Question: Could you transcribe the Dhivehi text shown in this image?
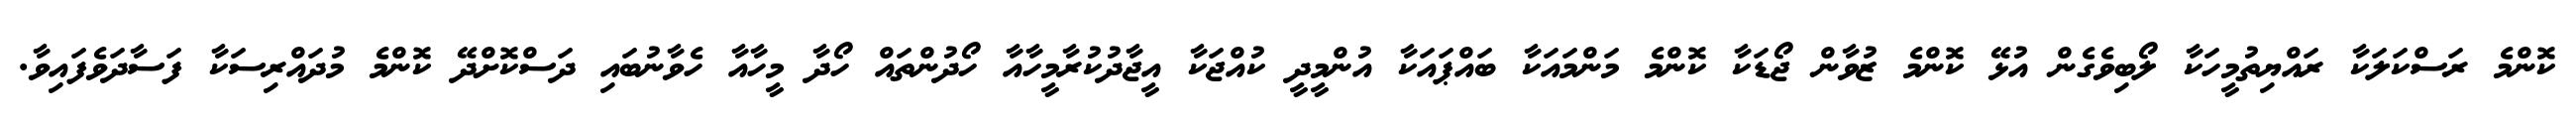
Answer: ކޮންމެ ރަސްކަލަކާ ރައްޔިތުމީހަކާ ލޯބިވެގެން އުޅޭ ކޮންމެ ޒުވާން ޖޯޑަކާ ކޮންމެ މަންމައަކާ ބައްޕައަކާ އުންމީދީ ކުއްޖަކާ އީޖާދުކުރާމީހާއާ ހޯދުންތައް ހޯދާ މީހާއާ ހެވާނުބައި ދަސްކޮށްދޭ ކޮންމެ މުދައްރިސަކާ ފަސާދަވެފައިވާ.